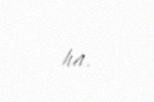
ha.